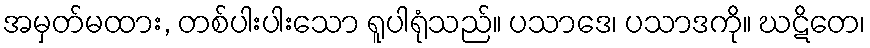
အမှတ်မထား, တစ်ပါးပါးသော ရူပါရုံသည်။ ပသာဒေ၊ ပသာဒကို။ ဃဋိတေ၊